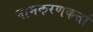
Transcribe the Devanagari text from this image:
नामकरणकर्त्ता